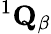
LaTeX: {}^{1}{\mathbf Q}_{\beta}